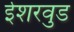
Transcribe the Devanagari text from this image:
ईशरवुड